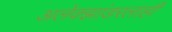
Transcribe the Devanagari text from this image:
अलेक्झांडरलाही